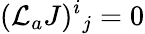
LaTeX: ({\cal L}_{a}J)^{i}{}_{j}=0